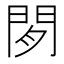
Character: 𬮈